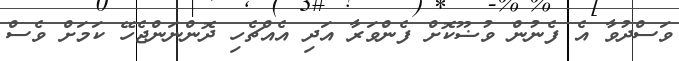
ވަސްދުވާ އެ ފެނުން ވުޟޫކޮށް ފެންވަރާ އަދި އެއްޗެހި ދޮންނަންޖެހޭ ކަމަށް ވެސް